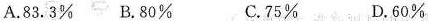
A.83.3\% B.80\% C.75\% D.60\%